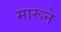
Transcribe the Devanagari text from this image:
मारूने